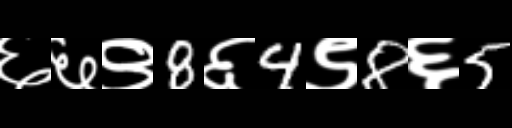
Text: ६६९8६4९8६5